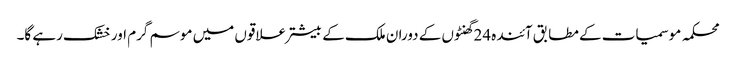
محکمہ موسمیات کے مطابق آئندہ 24گھنٹوں کے دوران ملک کے بیشتر علاقوں میں موسم گرم اور خشک رہے گا۔